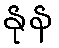
နုန